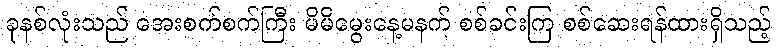
ခုနစ်လုံးသည် အေးစက်စက်ကြီး မိမိမွေးနေ့မနက် စစ်ခင်းကြ စစ်ဆေးရန်ထားရှိသည့်